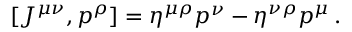
[ { \cal J } ^ { \mu \nu } , p ^ { \rho } ] = \eta ^ { \mu \rho } p ^ { \nu } - \eta ^ { \nu \rho } p ^ { \mu } \, .